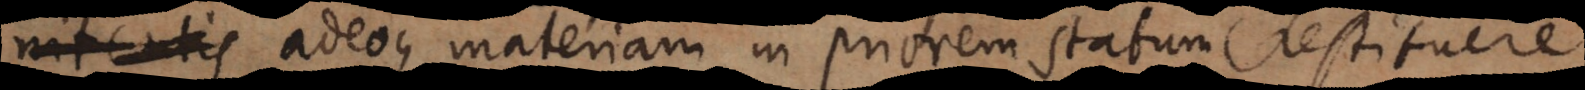
nitentis adeoque materiam in priorem statum restituere